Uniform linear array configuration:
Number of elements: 4
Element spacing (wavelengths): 1
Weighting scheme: exponential
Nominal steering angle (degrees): -60
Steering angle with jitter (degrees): -59.993
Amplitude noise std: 0.05
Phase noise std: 0.05

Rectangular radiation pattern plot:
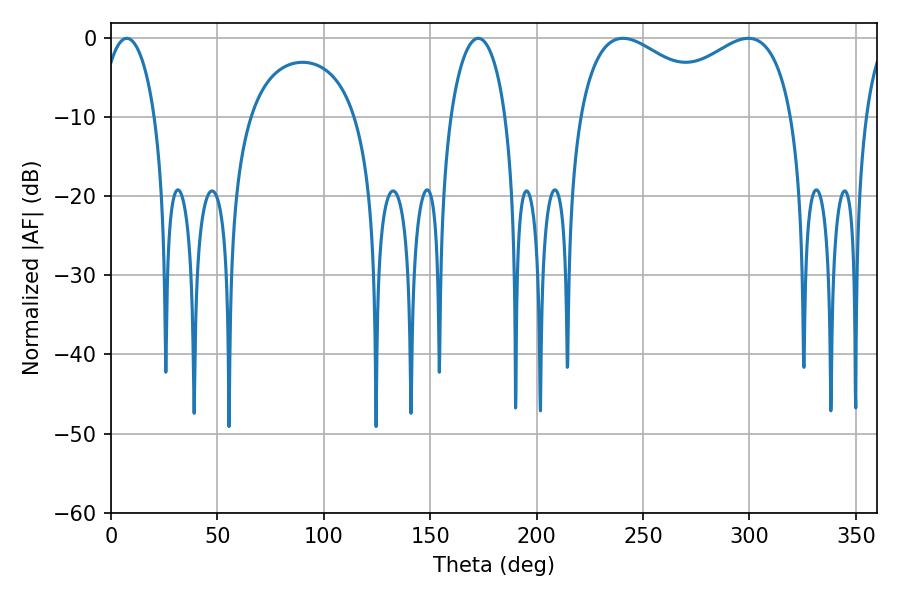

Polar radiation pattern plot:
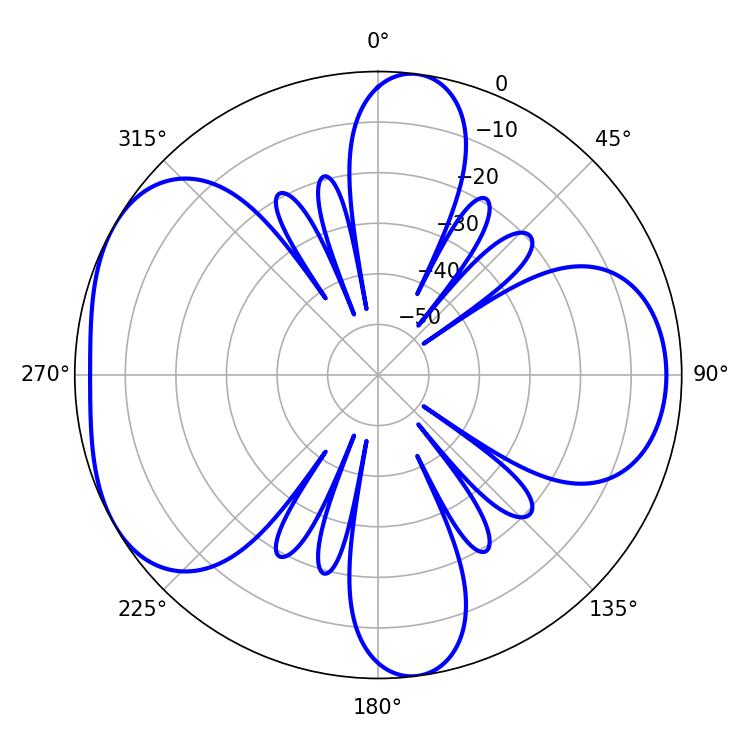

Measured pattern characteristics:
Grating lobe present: TRUE
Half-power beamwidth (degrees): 40.14
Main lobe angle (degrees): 240.48